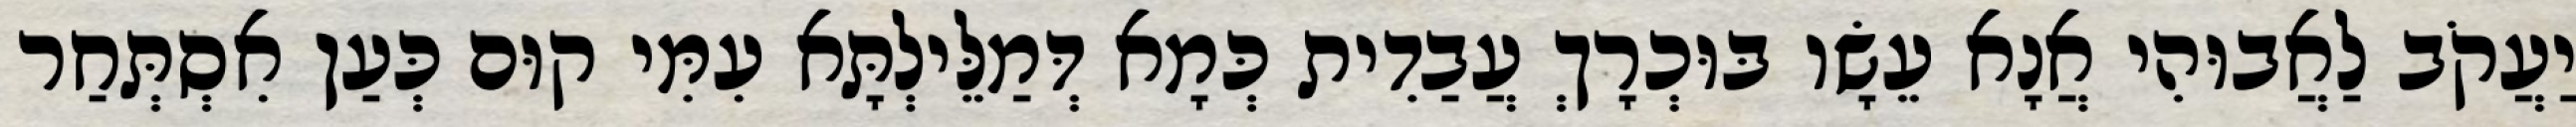
יַעֲקֹב לַאֲבוּהִי אֲנָא עֵשָׂו בּוּכְרָךְ עֲבַדִית כְּמָא דְּמַלֵּילְתָּא עִמִּי קוּם כְּעַן אִסְתְּחַר